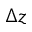
\Delta z